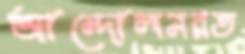
আন্দোলনরত